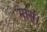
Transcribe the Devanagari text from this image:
मार्स।